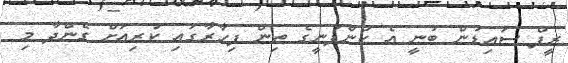
ރީފް ސައިޑުން ބުނީ އެ ކުންފުނީގެ ތިން ފިހާރާގައި ކުރިއަށް ގެންދާ މި